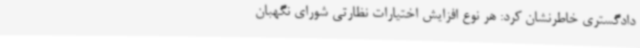
دادگستری خاطرنشان کرد: هر نوع افزایش اختیارات نظارتی شورای نگهبان